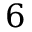
6